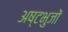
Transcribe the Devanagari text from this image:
अष्टभुजों